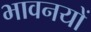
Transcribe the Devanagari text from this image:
भावनयों